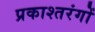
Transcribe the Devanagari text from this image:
प्रकाश्तरंगों